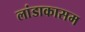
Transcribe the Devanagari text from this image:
लांडाकासम